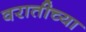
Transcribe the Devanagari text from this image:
वरातीच्या